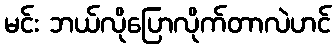
မင်း ဘယ်လိုပြောလိုက်တာလဲဟင်